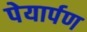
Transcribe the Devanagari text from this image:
पेयार्पण